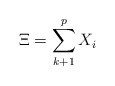
\begin{align*} \Xi = \sum_{k+1}^p X_i\end{align*}